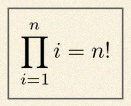
\prod_{i=1}^{n}i=n!